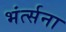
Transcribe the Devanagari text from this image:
भंर्त्सना